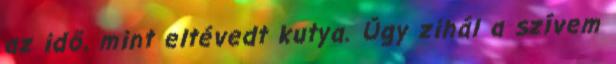
az idő, mint eltévedt kutya. Úgy zihál a szívem